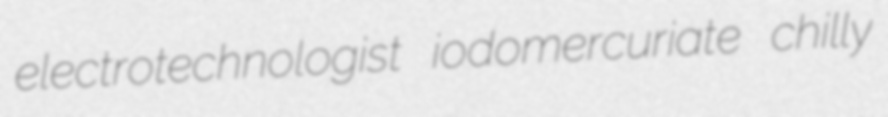
electrotechnologist iodomercuriate chilly